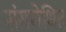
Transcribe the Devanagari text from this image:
संगरोधित